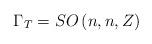
LaTeX: \begin{align*}\Gamma_T = SO\left(n,n, Z\right)\end{align*}